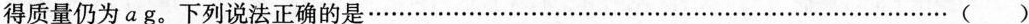
得质量仍为ag。下列说法正确的是...........................................................................( )